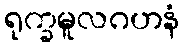
ရုက္ခမူလဂဟနံ